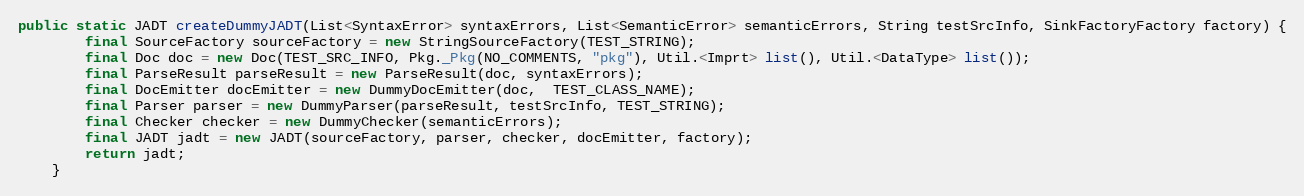
Language: Java
public static JADT createDummyJADT(List<SyntaxError> syntaxErrors, List<SemanticError> semanticErrors, String testSrcInfo, SinkFactoryFactory factory) {
        final SourceFactory sourceFactory = new StringSourceFactory(TEST_STRING);
        final Doc doc = new Doc(TEST_SRC_INFO, Pkg._Pkg(NO_COMMENTS, "pkg"), Util.<Imprt> list(), Util.<DataType> list());
        final ParseResult parseResult = new ParseResult(doc, syntaxErrors);
        final DocEmitter docEmitter = new DummyDocEmitter(doc,  TEST_CLASS_NAME);
        final Parser parser = new DummyParser(parseResult, testSrcInfo, TEST_STRING);
        final Checker checker = new DummyChecker(semanticErrors);
        final JADT jadt = new JADT(sourceFactory, parser, checker, docEmitter, factory);
        return jadt;
    }